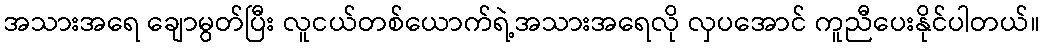
အသားအရေ ချောမွတ်ပြီး လူငယ်တစ်ယောက်ရဲ့အသားအရေလို လှပအောင် ကူညီပေးနိုင်ပါတယ်။